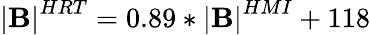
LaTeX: \mathbf{\left|B\right|}^{HRT}=0.89\ast\mathbf{\left|B\right|}^{HMI}+118